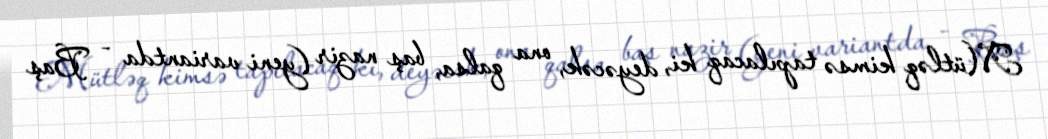
Mütləq kimsə tapılacaq ki, deyəcək, ona qalsa, baş nazir (yeni variantda - Baş